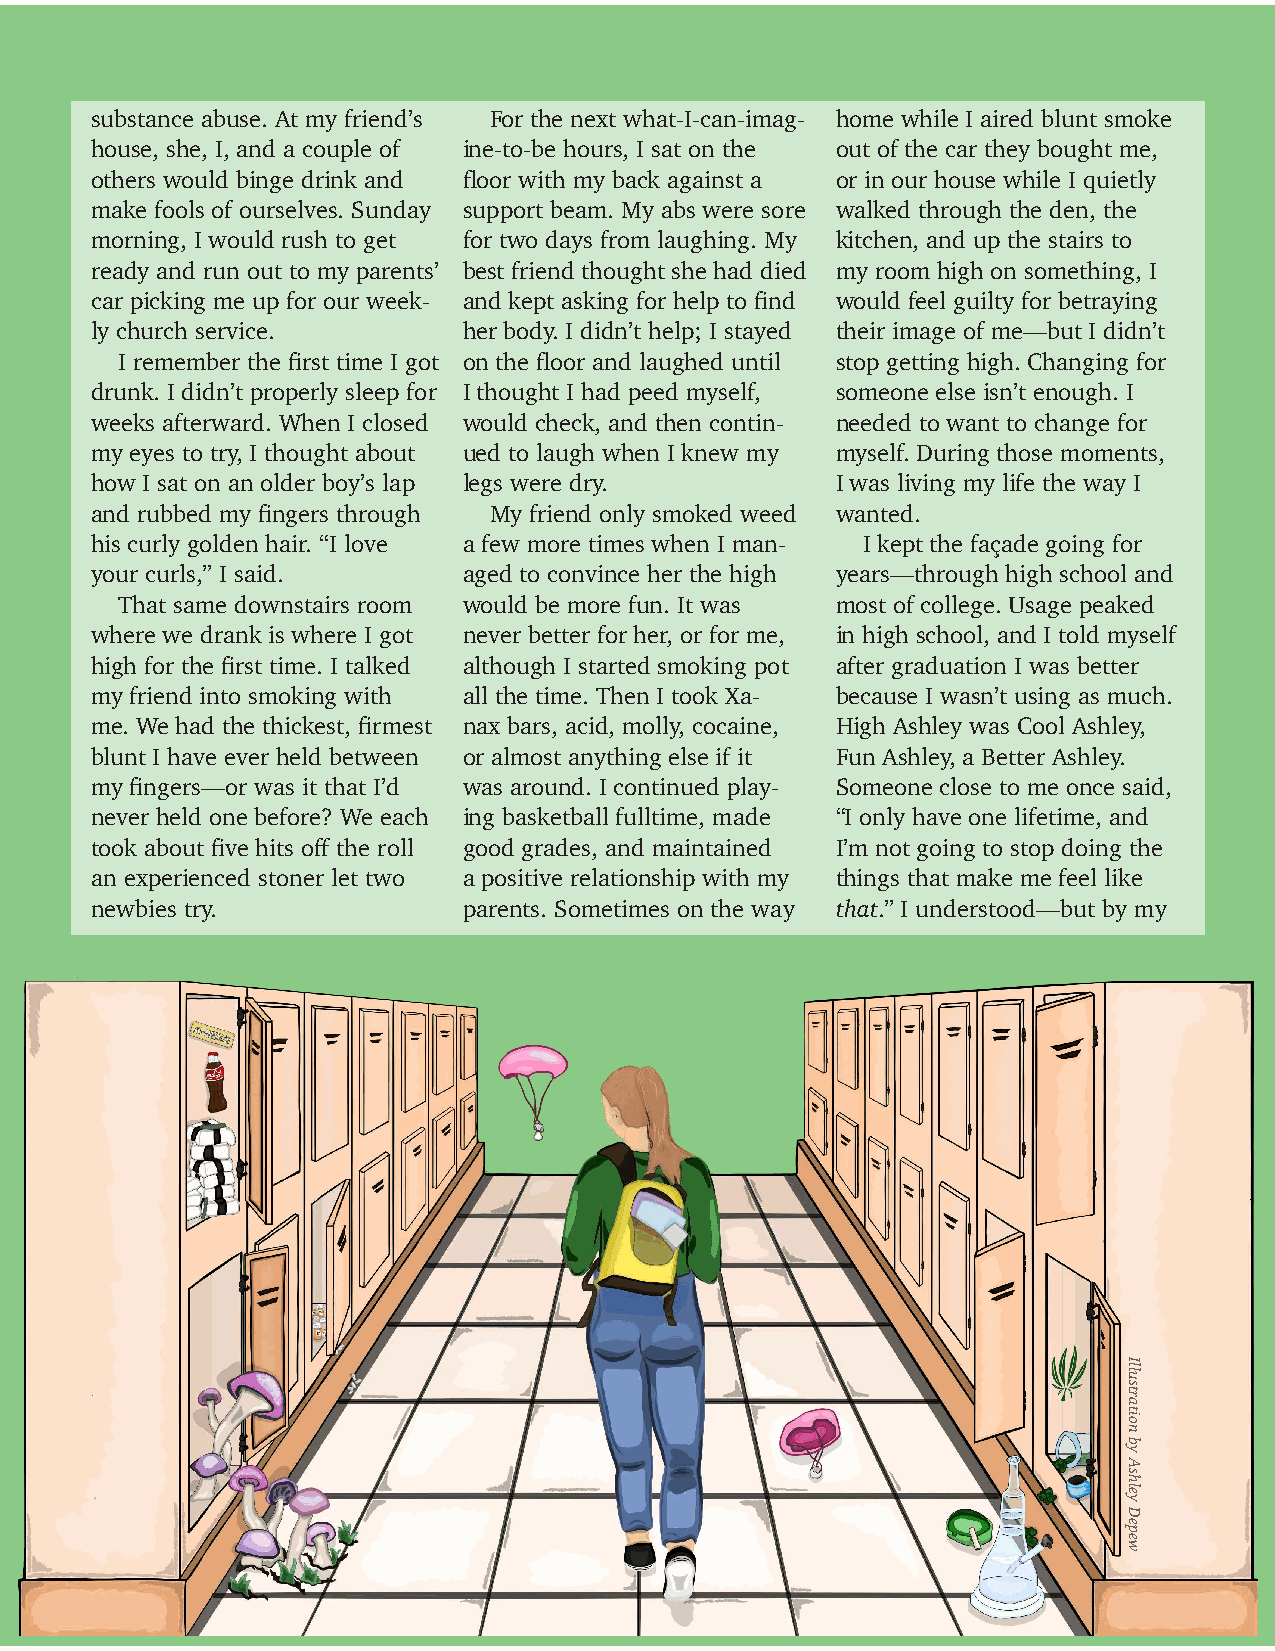
substance abuse. At my friend’s For the next what-I-can-imag- home while I aired blunt smoke
 house, she, I, and a couple of ine-to-be hours, I sat on the out of the car they bought me,
 others would binge drink and floor with my back against a or in our house while I quietly
 make fools of ourselves. Sunday support beam. My abs were sore walked through the den, the
 morning, I would rush to get for two days from laughing. My kitchen, and up the stairs to
 ready and run out to my parents’ best friend thought she had died my room high on something, I
 car picking me up for our week- and kept asking for help to find would feel guilty for betraying
 ly church service.       her body. I didn’t help; I stayed their image of me—but I didn’t
 I remember the first time I got on the floor and laughed until stop getting high. Changing for
 drunk. I didn’t properly sleep for I thought I had peed myself, someone else isn’t enough. I
 weeks afterward. When I closed would check, and then contin- needed to want to change for
 my eyes to try, I thought about ued to laugh when I knew my myself. During those moments,
 how I sat on an older boy’s lap legs were dry.   I was living my life the way I
 and rubbed my fingers through My friend only smoked weed wanted.
 his curly golden hair. “I love a few more times when I man- I kept the façade going for
 your curls,” I said.     aged to convince her the high years—through high school and
 That same downstairs room would be more fun. It was most of college. Usage peaked
 where we drank is where I got never better for her, or for me, in high school, and I told myself
 high for the first time. I talked although I started smoking pot after graduation I was better
 my friend into smoking with all the time. Then I took Xa- because I wasn’t using as much.
 me. We had the thickest, firmest nax bars, acid, molly, cocaine, High Ashley was Cool Ashley,
 blunt I have ever held between or almost anything else if it Fun Ashley, a Better Ashley.
 my fingers—or was it that I’d was around. I continued play- Someone close to me once said,
 never held one before? We each ing basketball fulltime, made “I only have one lifetime, and
 took about five hits off the roll good grades, and maintained I’m not going to stop doing the
 an experienced stoner let two a positive relationship with my things that make me feel like
 newbies try.             parents. Sometimes on the way that.” I understood—but by my
 Illustration
 by
 Ashley
 Depew